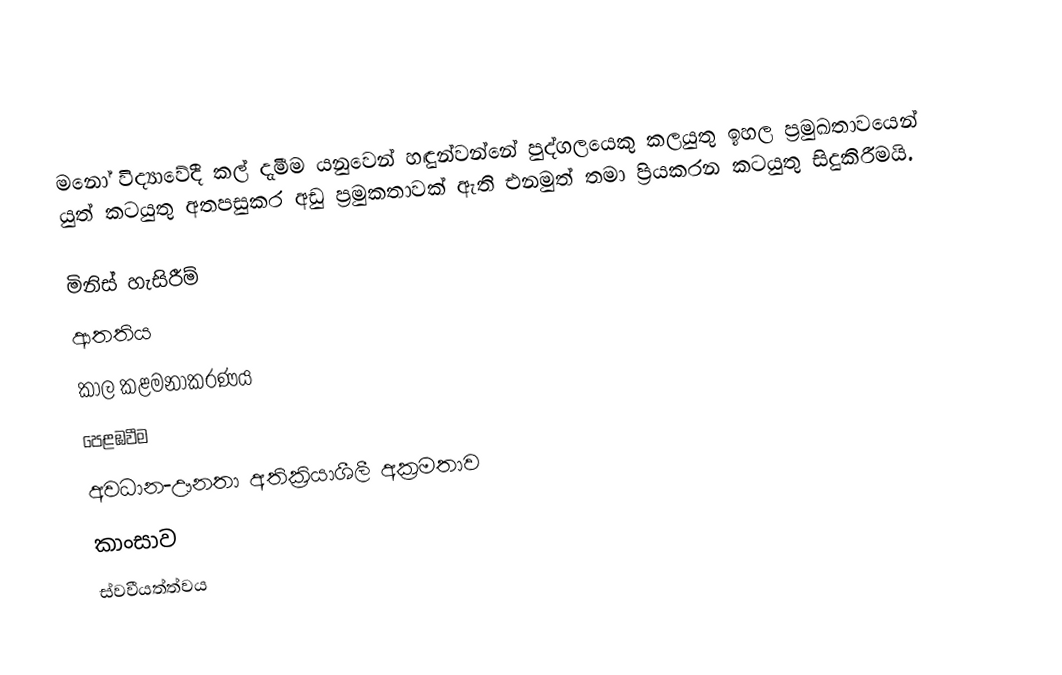
මනෝ විද්‍යාවේදී කල් දැමීම යනුවෙන් හඳුන්වන්නේ පුද්ගලයෙකු කලයුතු ඉහල ප්‍රමුඛතාවයෙන් යුත් කටයුතු අතපසුකර අඩු ප්‍රමුකතාවක් ඇති එනමුත් තමා ප්‍රියකරන කටයුතු සිදුකිරීමයි.

මිනිස් හැසිරීම්
ආතතිය
කාල කළමනාකරණය
පෙළඹවීම
අවධාන-ඌනතා අතික්‍රියාශීලී අක්‍රමතාව
කාංසාව
ස්වවීයත්ත්වය